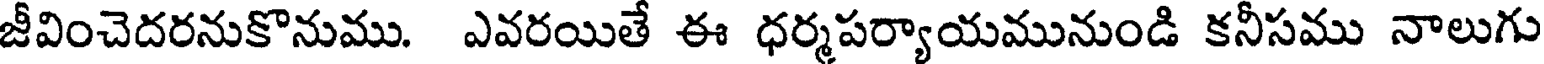
జీవించెదరనుకొనుము. ఎవరయితే ఈ ధర్మపర్యాయమునుండి కనీసము నాలుగు